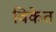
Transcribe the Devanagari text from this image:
विकेत